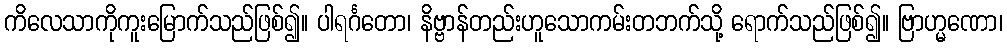
ကိလေသာကိုကူးမြောက်သည်ဖြစ်၍။ ပါရင်္ဂတော၊ နိဗ္ဗာန်တည်းဟူသောကမ်းတဘက်သို့ ရောက်သည်ဖြစ်၍။ ဗြာဟ္မဏော၊